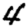
Digit: 4